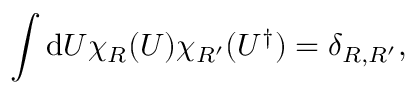
\int \mathrm { d } U \chi _ { R } ( U ) \chi _ { R ^ { \prime } } ( U ^ { \dagger } ) = \delta _ { R , R ^ { \prime } } ,